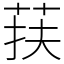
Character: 荴